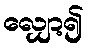
လျှော့၍